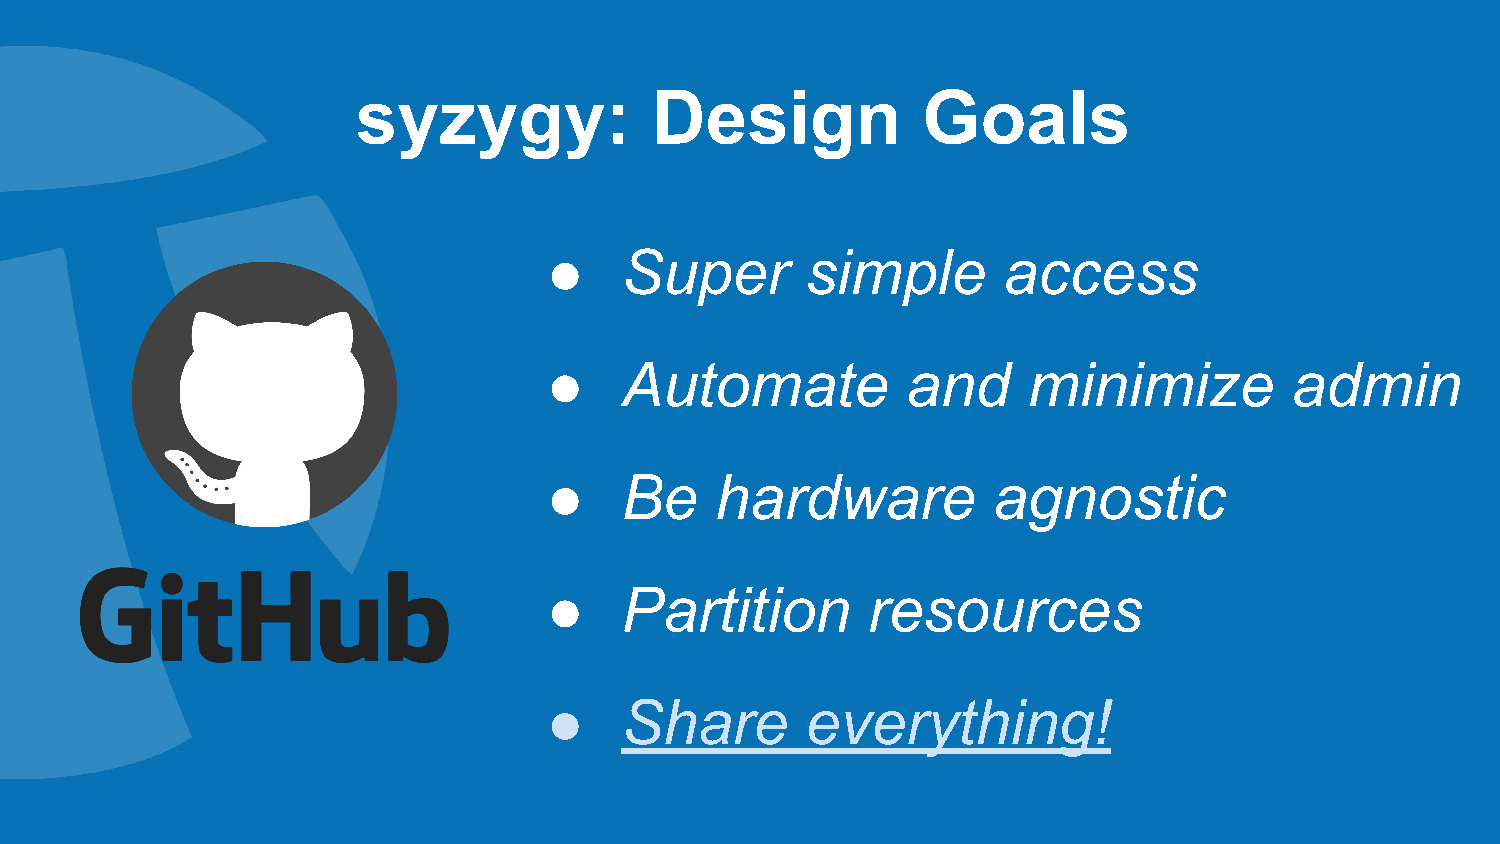
syzygy:            Design            Goals
 ●    Super       simple       access
 ●    Automate           and     minimize          admin
 ●    Be    hardware           agnostic
 ●    Partition       resources
 ●    Share       everything!